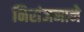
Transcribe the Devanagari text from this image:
निरांजनाने